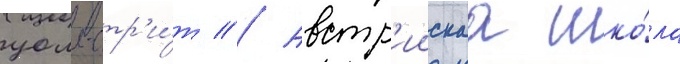
уолл-стр'и́т // Австр'иискаа шко́ла